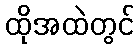
ထိုအထဲတွင်